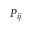
P _ { i j }